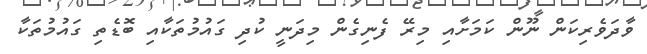
ވާދަވެރިކަން ނޫން ކަމަށާއި މިރޭ ފެނިގެން މިދަނީ ކުދި ގައުމުތަކާއި ބޮޑެތި ގައުމުތަކާ